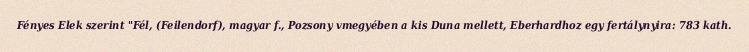
Fényes Elek szerint "Fél, (Feilendorf), magyar f., Pozsony vmegyében a kis Duna mellett, Eberhardhoz egy fertálynyira: 783 kath.